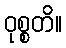
ဝုစ္စတိ။